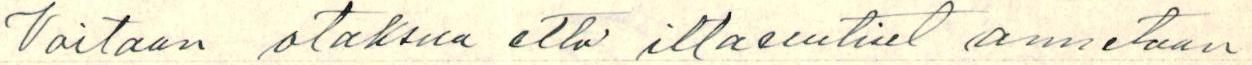
Voitaan otaksua että iltauutiset annetaan